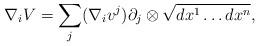
LaTeX: \begin{align*} \nabla_i V = \sum_j (\nabla_i v^j) \partial_j \otimes \sqrt{dx^1 \ldots dx^n},\end{align*}